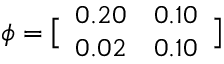
\boldsymbol { \phi } = \bigl [ \begin{array} { l l } { 0 . 2 0 } & { 0 . 1 0 } \\ { 0 . 0 2 } & { 0 . 1 0 } \end{array} \bigr ]